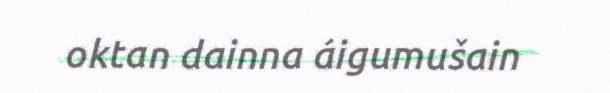
oktan dainna áigumušain